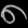
Digit: ၈